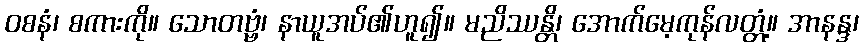
ဝစနံ၊ စကားကို။ သောတဗ္ဗံ၊ နာယူအပ်၏ဟူ၍။ မညိဿန္တိ၊ အောက်မေ့ကုန်လတ္တံ့။ အာနန္ဒ၊